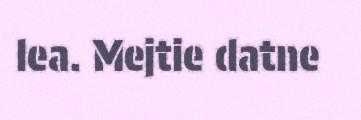
lea. Mejtie datne